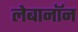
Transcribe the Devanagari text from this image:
लेबानॉन